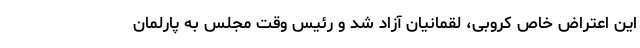
این اعتراض خاص کروبی، لقمانیان آزاد شد و رئیس وقت مجلس به پارلمان